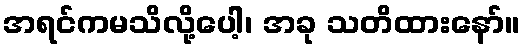
အရင်ကမသိလို့ပေါ့၊ အခု သတိထားနော်။